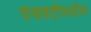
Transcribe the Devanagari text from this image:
पंचवटीमधील